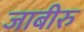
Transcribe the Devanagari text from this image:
जाबीरु